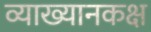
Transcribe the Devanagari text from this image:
व्याख्यानकक्ष